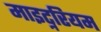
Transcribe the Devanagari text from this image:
माइट्नरियम